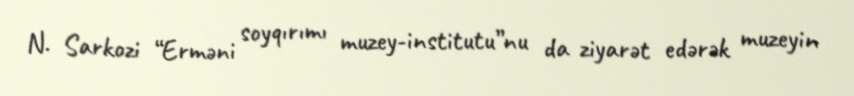
N. Sarkozi “Erməni soyqırımı muzey-institutu”nu da ziyarət edərək muzeyin